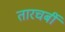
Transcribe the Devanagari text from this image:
तारचर्बी